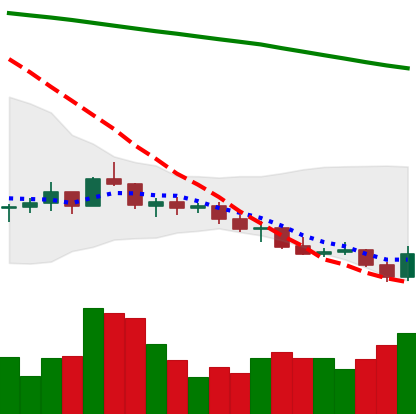
Ticker: LINK-USD
Chart end date: 2021-07-21
Forward return: 18.477%
Label: up_7plus